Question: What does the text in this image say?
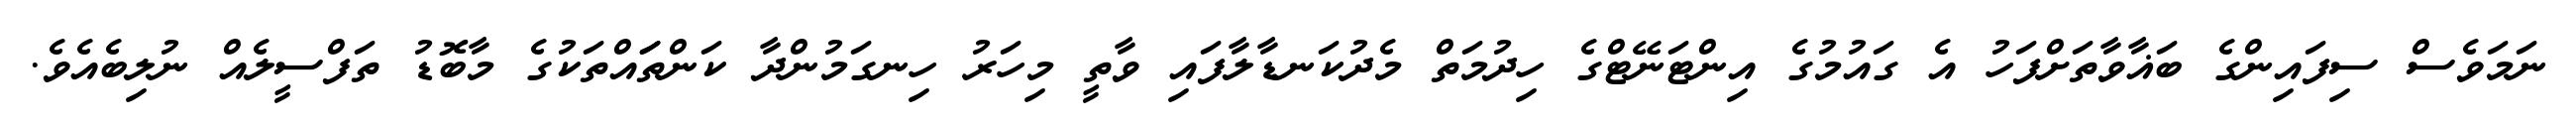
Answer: ނަމަވެސް ސިފައިންގެ ބަޣާވާތަށްފަހު އެ ގައުމުގެ އިންޓަނޭޓްގެ ހިދުމަތް މެދުކަނޑާލާފައި ވާތީ މިހަރު ހިނގަމުންދާ ކަންތަައްތަކުގެ މާބޮޑު ތަފްސީލެއް ނުލިބެއެވެ.